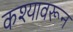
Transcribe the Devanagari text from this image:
कश्यावरून